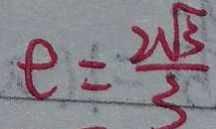
t = \frac { 2 \sqrt { 3 } } { 3 }